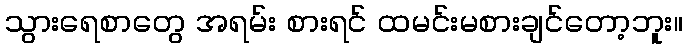
သွားရေစာတွေ အရမ်း စားရင် ထမင်းမစားချင်တော့ဘူး။